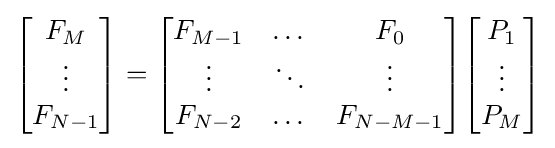
{\begin{bmatrix}F_{M}\\\vdots \\F_{N-1}\end{bmatrix}}={\begin{bmatrix}F_{M-1}&\dots &F_{0}\\\vdots &\ddots &\vdots \\F_{N-2}&\dots &F_{N-M-1}\end{bmatrix}}{\begin{bmatrix}P_{1}\\\vdots \\P_{M}\end{bmatrix}}